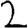
Digit: 2